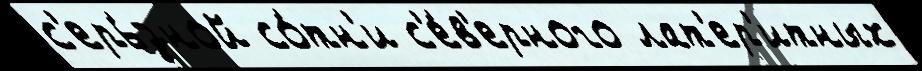
с'ерь́зной со́тн'и с'е́в'ерного лат'ер'итных